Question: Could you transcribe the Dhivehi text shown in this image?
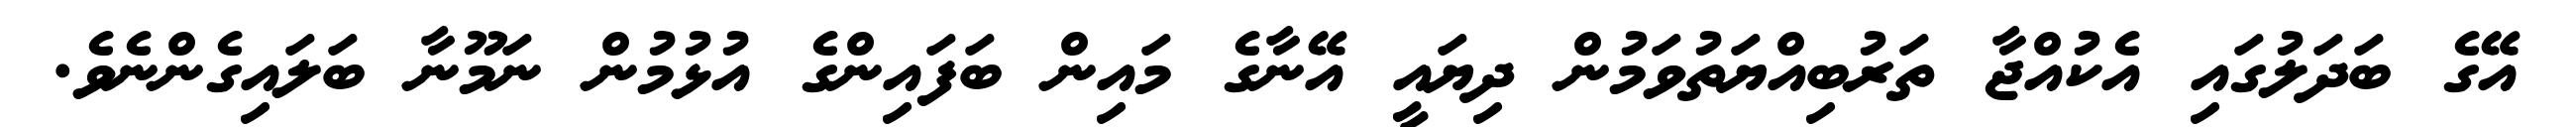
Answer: އޭގެ ބަދަލުގައި އެކުއްޖާ ތަރުބިއްޔަތުވަމުން ދިޔައީ އޭނާގެ މައިން ބަފައިންގެ އުޅުމުން ނަމޫނާ ބަލައިގެންނެވެ.